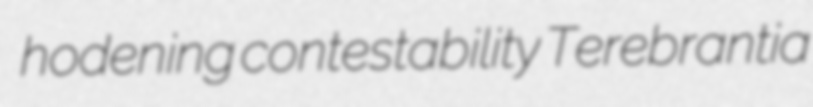
hodening contestability Terebrantia